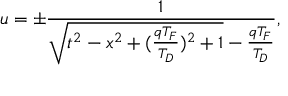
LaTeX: u = \pm \frac { 1 } { \sqrt { t ^ { 2 } - x ^ { 2 } + ( \frac { q T _ { F } } { T _ { D } } ) ^ { 2 } + 1 } - \frac { q T _ { F } } { T _ { D } } } ,